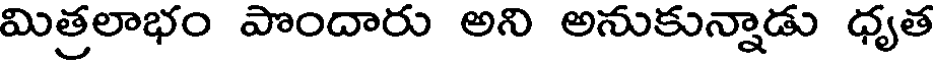
మిత్రలాభం పొందారు అని అనుకున్నాడు ధృత